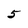
Character: 5